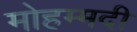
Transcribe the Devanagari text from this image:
मोहम्‍मदी